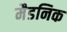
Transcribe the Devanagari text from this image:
मैडनिक